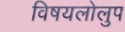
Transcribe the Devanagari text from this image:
विषयलोलुप